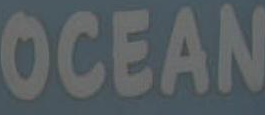
OCEAN